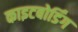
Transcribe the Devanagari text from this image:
काइटबोर्डिंग